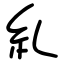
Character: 糺